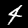
Digit: 4